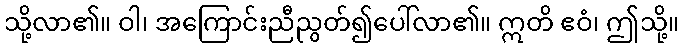
သို့လာ၏။ ဝါ၊ အကြောင်းညီညွတ်၍ပေါ်လာ၏။ ဣတိ ဧဝံ၊ ဤသို့။